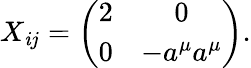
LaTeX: X_{\mathit{i}j}=\left(\begin{array}{cc}{{2}}&{{0}}\\ {{0}}&{{-a^{\mu}a^{\mu}}}\end{array}\right).